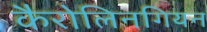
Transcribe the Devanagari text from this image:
कैरोलिनगियन